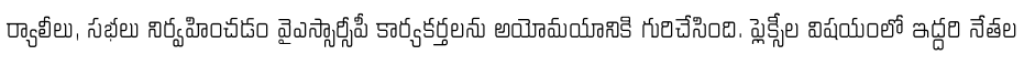
ర్యాలీలు, సభలు నిర్వహించడం వైఎస్సార్సీపీ కార్యకర్తలను అయోమయానికి గురిచేసింది. ఫ్లెక్సీల విషయంలో ఇద్దరి నేతల